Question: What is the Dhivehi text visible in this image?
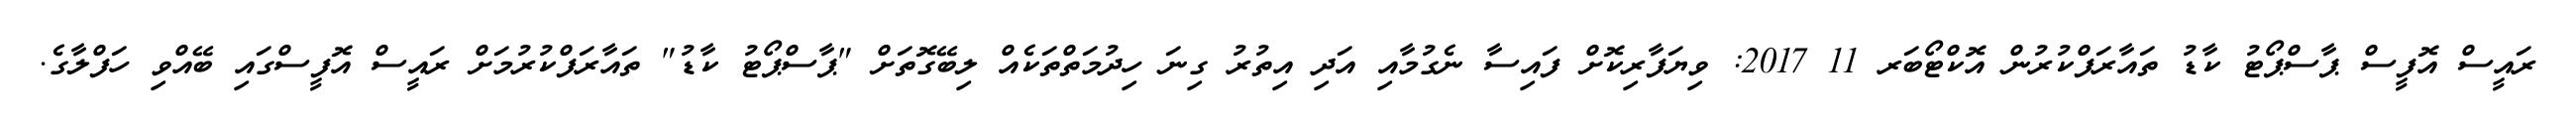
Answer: ރައީސް އޮފީސް ޕާސްޕޯޓު ކާޑު ތައާރަފްކުރުން އޮކްޓޯބަރ 11 2017: ވިޔަފާރިކޮށް ފައިސާ ނެގުމާއި އަދި އިތުރު ގިނަ ހިދުމަތްތަކެއް ލިބޭގޮތަށް "ޕާސްޕޯޓު ކާޑު" ތައާރަފްކުރުމަށް ރައީސް އޮފީސްގައި ބޭއްވި ހަފްލާގެ.